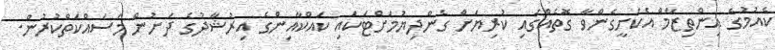
ކެއުމުގެ އިންތިޒާމް އެކަށީގެންވާ ގޮތެއްގައި ކުރިޔަށް ގެންދިޔުމަށްޓަކައި ކައްކާއިންގެ އިރުޝާދުގެ ދަށުން މަސައްކަތްކުރުން.